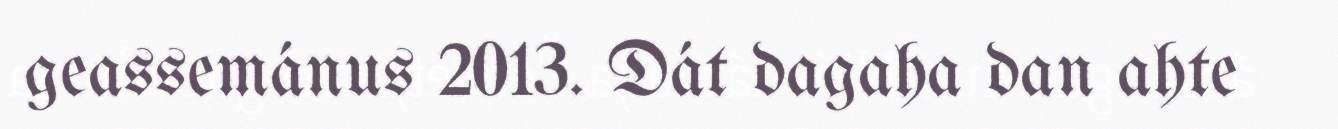
geassemánus 2013. Dát dagaha dan ahte